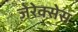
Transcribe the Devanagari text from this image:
ज़ेरेक्सेस